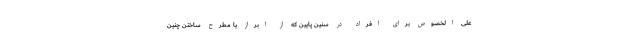
علی الخصوص برای افراد در سنین پایین که از ابراز یا مطرح ساختن چنین